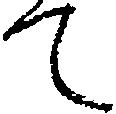
て